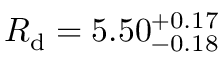
R _ { \mathrm { d } } = 5 . 5 0 _ { - 0 . 1 8 } ^ { + 0 . 1 7 }